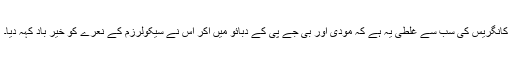
کانگریس کی سب سے غلطی یہ ہے کہ مودی اور بی جے پی کے دبائو میں آکر اس نے سیکولرزم کے نعرے کو خیر باد کہہ دیا۔